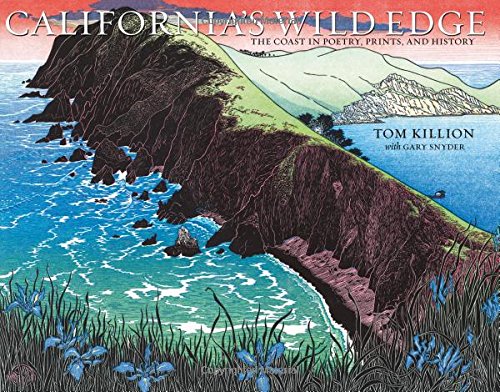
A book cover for California's Wild Edge; Tom Killion; Literature & Fiction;